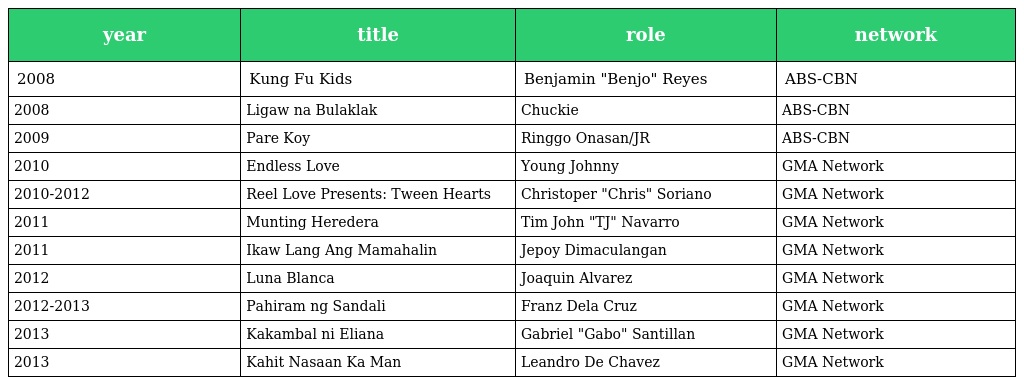
| year | title | role | network |
 | --- | --- | --- | --- |
 | 2008 | Kung Fu Kids | Benjamin "Benjo" Reyes | ABS-CBN |
 | 2008 | Ligaw na Bulaklak | Chuckie | ABS-CBN |
 | 2009 | Pare Koy | Ringgo Onasan/JR | ABS-CBN |
 | 2010 | Endless Love | Young Johnny | GMA Network |
 | 2010-2012 | Reel Love Presents: Tween Hearts | Christoper "Chris" Soriano | GMA Network |
 | 2011 | Munting Heredera | Tim John "TJ" Navarro | GMA Network |
 | 2011 | Ikaw Lang Ang Mamahalin | Jepoy Dimaculangan | GMA Network |
 | 2012 | Luna Blanca | Joaquin Alvarez | GMA Network |
 | 2012-2013 | Pahiram ng Sandali | Franz Dela Cruz | GMA Network |
 | 2013 | Kakambal ni Eliana | Gabriel "Gabo" Santillan | GMA Network |
 | 2013 | Kahit Nasaan Ka Man | Leandro De Chavez | GMA Network |